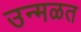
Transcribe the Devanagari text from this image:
उन्मळत